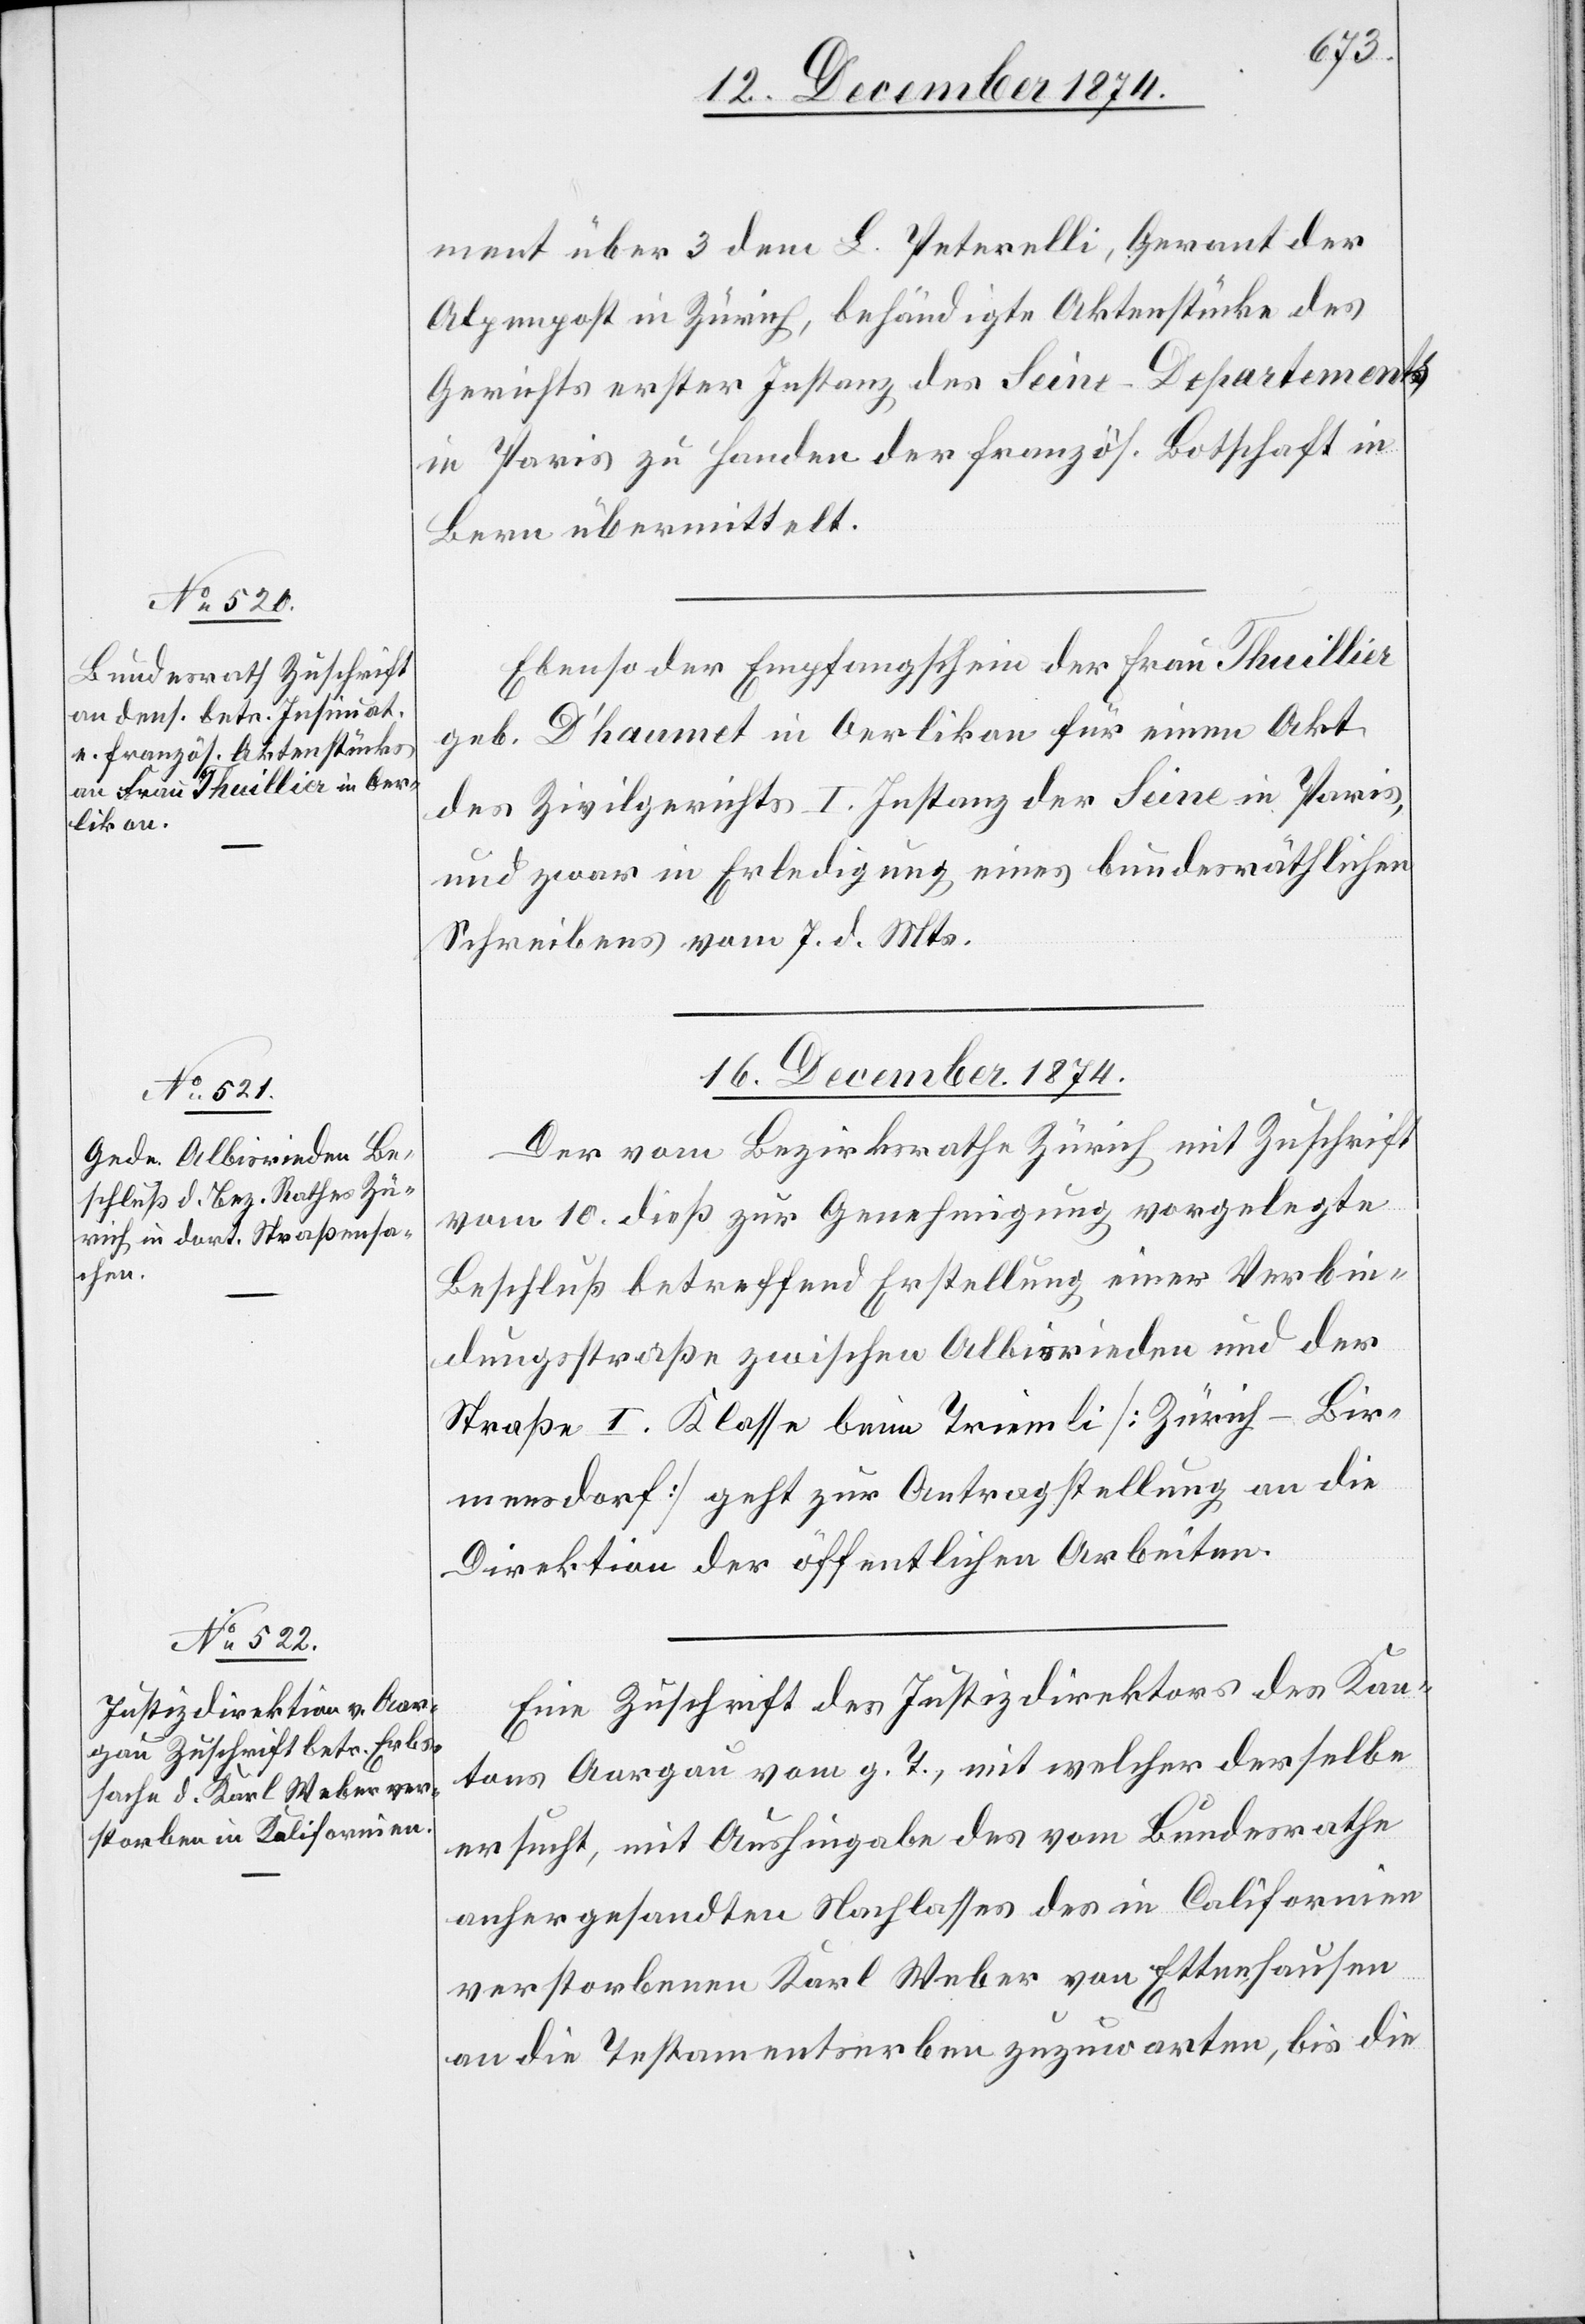
16. Dezember 1874.]
ment über 3 dem L. Peterelli, Gerant der
Alpenpost in Zürich, behändigte Aktenstücke des
Gerichts erster Instanz des Seine-Departements
in Paris zu Handen der französ. Botschaft in
Bern übermittelt.
Ebenso der Empfangschein der Frau Thuillier
geb. D’haumet in Oerlikon für einen Akt
des Zivilgerichts I. Instanz der Seine in Paris,
und zwar in Erledigung eines bundesräthlichen
Schreibens vom 7. d. Mts.
16. Dezember 1874.
Der vom Bezirksrathe Zürich mit Zuschrift
vom 10. dieß zur Genehmigung vorgelegte
Beschluß betreffend Erstellung einer Verbin¬
dungsstraße zwischen Albisrieden und der
Straße I. Klasse beim Triemli [Zürich–Bir¬
mensdorf] geht zur Antragstellung an die
Direktion der öffentlichen Arbeiten.
Eine Zuschrift des Justizdirektors des Kan¬
tons Aargau vom g. T., mit welcher derselbe
ersucht, mit Aushingabe des vom Bundesrathe
anhergesandten Nachlasses des in Californien
verstorbenen Karl Weber von Ettenhausen
an die Testamentserben zuzuwarten, bis die